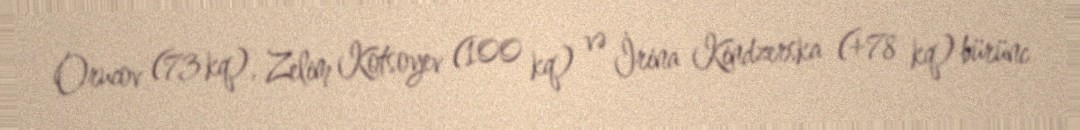
Orucov (73 kq), Zelim Kotsoyev (100 kq) və İrina Kindzerska (+78 kq) bürünc